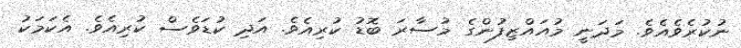
ނުކުރެވެއެވެ. މަދަނީ މުއައްޒިފުންގެ މުސާރަ ބޮޑު ކުރިއެވެ. އަދި ކުޑަވެސް ކުރިއެވެ. އެކަމަކު